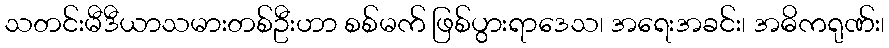
သတင်းမီဒီယာသမားတစ်ဦးဟာ စစ်မက် ဖြစ်ပွားရာဒေသ၊ အရေးအခင်း၊ အဓိကရုဏ်း၊